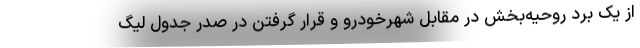
از یک برد روحیه‌بخش در مقابل شهرخودرو و قرار گرفتن در صدر جدول لیگ